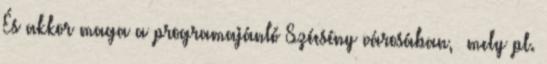
És akkor maga a programajánló Szécsény városában, mely pl.